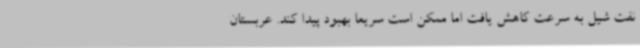
نفت شیل به سرعت کاهش یافت اما ممکن است سریعا بهبود پیدا کند. عربستان